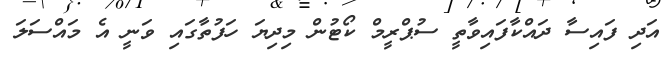
އަދި ފައިސާ ދައްކާފައިވާތީ ސުޕްރީމް ކޯޓުން މިދިޔަ ހަފުތާގައި ވަނީ އެ މައްސަލަ